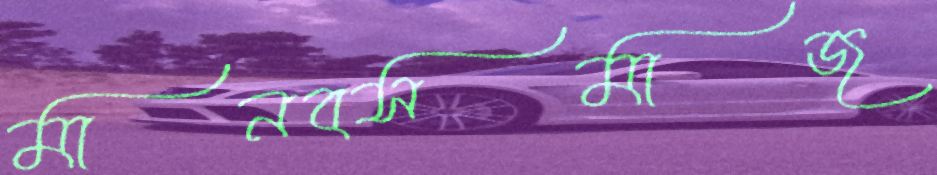
মানবসমাজ